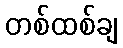
တစ်ထစ်ချ